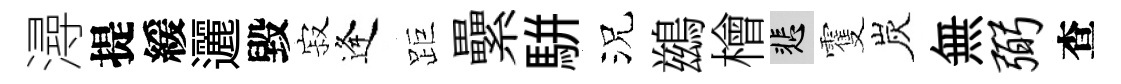
潯提緩邐毀寂逢距纍駢況鷀檜悲䨥炭無弼查